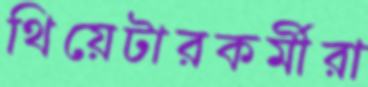
থিয়েটারকর্মীরা